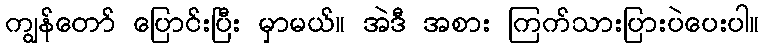
ကျွန်တော် ပြောင်းပြီး မှာမယ်။ အဲဒီ အစား ကြက်သားပြားပဲပေးပါ။